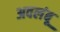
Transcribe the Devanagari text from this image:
अवलंबू